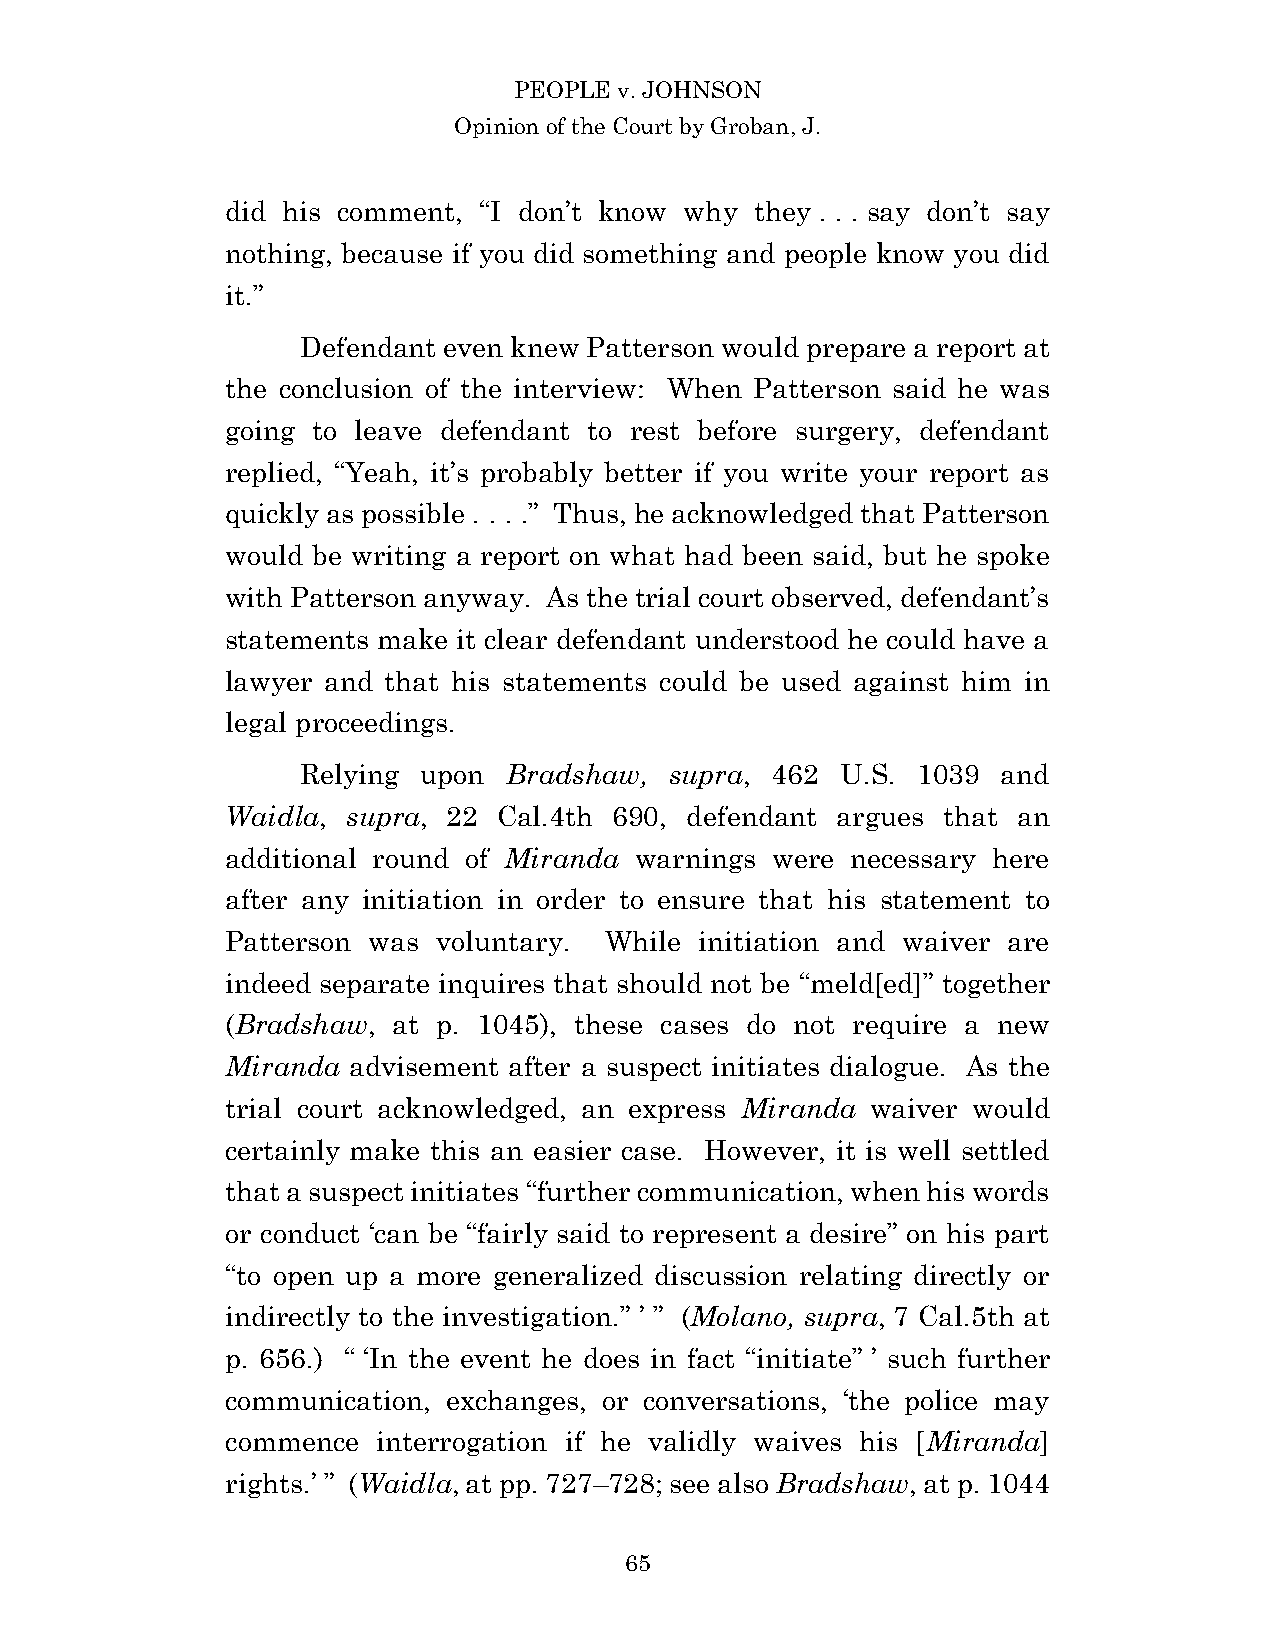
PEOPLE v. JOHNSON
 Opinion of the Court by Groban, J.
 did his comment, “I don’t know why they . . . say don’t say
 nothing, because if you did something and people know you did
 it.”
 Defendant even knew Patterson would prepare a report at
 the conclusion of the interview: When Patterson said he was
 going to leave defendant to rest before surgery, defendant
 replied, “Yeah, it’s probably better if you write your report as
 quickly as possible . . . .” Thus, he acknowledged that Patterson
 would be writing a report on what had been said, but he spoke
 with Patterson anyway. As the trial court observed, defendant’s
 statements make it clear defendant understood he could have a
 lawyer and that his statements could be used against him in
 legal proceedings.
 Relying upon  Bradshaw, supra, 462  U.S. 1039 and
 Waidla, supra, 22 Cal.4th 690, defendant argues that an
 additional round of Miranda warnings were necessary here
 after any initiation in order to ensure that his statement to
 Patterson was voluntary. While initiation and waiver are
 indeed separate inquires that should not be “meld[ed]” together
 (Bradshaw, at p. 1045), these cases do not require a new
 Miranda advisement after a suspect initiates dialogue. As the
 trial court acknowledged, an express Miranda waiver would
 certainly make this an easier case. However, it is well settled
 that a suspect initiates “further communication, when his words
 or conduct ‘can be “fairly said to represent a desire” on his part
 “to open up a more generalized discussion relating directly or
 indirectly to the investigation.” ’ ” (Molano, supra, 7 Cal.5th at
 p. 656.) “ ‘In the event he does in fact “initiate” ’ such further
 communication, exchanges, or conversations, ‘the police may
 commence  interrogation if he validly waives his [Miranda]
 rights.’ ” (Waidla, at pp. 727–728; see also Bradshaw, at p. 1044
 6 5